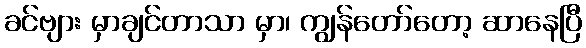
ခင်ဗျား မှာချင်တာသာ မှာ၊ ကျွန်တော်တော့ ဆာနေပြီ